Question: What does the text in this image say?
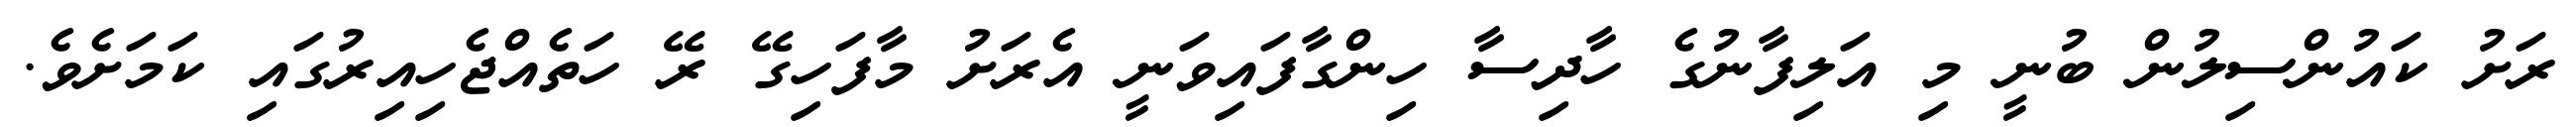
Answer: ރަށު ކައުންސިލުން ބުނީ މި އަލިފާނުގެ ހާދިސާ ހިންގާފައިވަނީ އެރަށު މާފަހިގޭ ރޭ ހަތެއްޖެހިއިރުގައި ކަމަށެވެ.